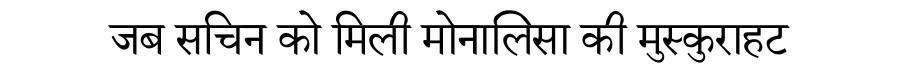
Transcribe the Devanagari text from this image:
जब सचिन को मिली मोनालिसा की मुस्कुराहट